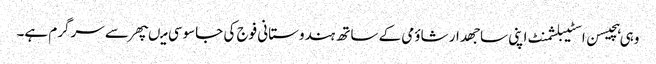
وہی ہچیسن اسٹیبلشمنٹ اپنی ساجھدار شاؤمی کے ساتھ ہندوستانی فوج کی جاسوسی میںپھر سے سرگرم ہے۔